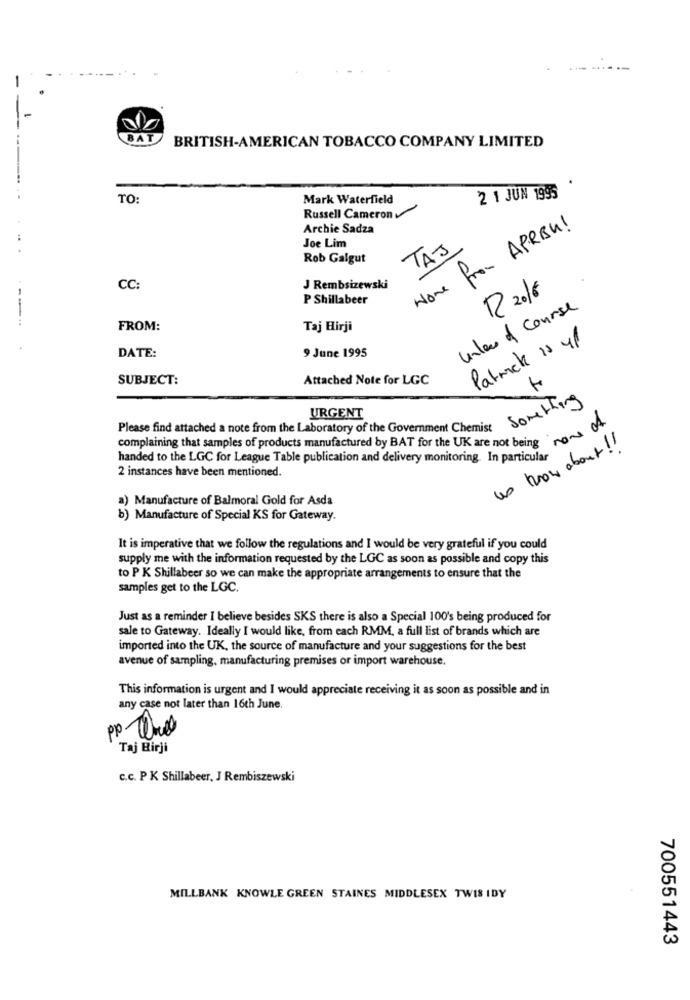
BAT
BRITISH-AMERICAN TOBACCO COMPANY LIMITED
-.. ..
TO:
Mark Waterfield
2 1 JUN 1995
Russell Cameron
Archie Sadza
Home from APRBU!
Joe Lim
TAJ
Rob Galgut
CC:
J Rembsizewski
R 2016
P Shillabeer
unles of course
FROM:
Taj Hirji
Patrick is 4l
9 June 1995
DATE:
SUBJECT:
Attached Note for LGC
Something
URGENT
Please find attached a note from the Laboratory of the Government Chemist
complaining that samples of products manufactured by BAT for the UK are not being
us know about!
handed to the LGC for League Table publication and delivery monitoring. In particular
2 instances have been mentioned.
a) Manufacture of Balmoral Gold for Asda
b) Manufacture of Special KS for Gateway.
It is imperative that we follow the regulations and I would be very grateful if you could
supply me with the information requested by the LGC as soon as possible and copy this
to P K Shillabeer so we can make the appropriate arrangements to ensure that the
samples get to the LGC.
Just as a reminder I believe besides SKS there is also a Special 100's being produced for
sale to Gateway. Ideally I would like, from each RMM, a full list of brands which are
imported into the UK, the source of manufacture and your suggestions for the best
avenue of sampling, manufacturing premises or import warehouse.
This information is urgent and I would appreciate receiving it as soon as possible and in
any case not later than 16th June.
po Und
Taj Birji
c.c. P K Shillabeer, J Rembiszewski
MILLBANK KNOWLE GREEN STAINES MIDDLESEX TWIS IDY
700551443